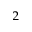
_ { 2 }